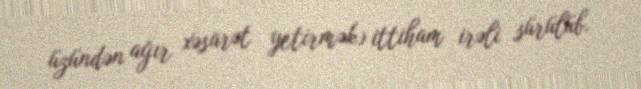
üzündən ağır xəsarət yetirmək) ittiham irəli sürülüb.